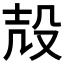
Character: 𱥖